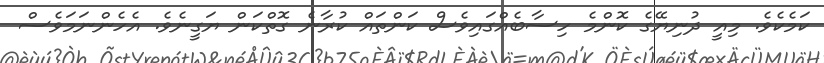
ކަމެކެވެ. މިއީ ދުނިޔޭގެ ކޮންމެ ހިސާބެއްގައިވެސް ކަންތައް ކުރާނެ ގޮތްކަން ޔަގީނެވެ. އެހެންނަމަވެސް